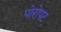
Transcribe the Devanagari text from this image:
पोरोपट